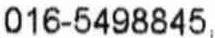
016-5498845,